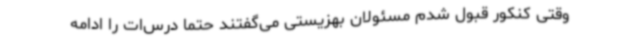
وقتی کنکور قبول شدم مسئولان بهزیستی می‌گفتند حتماً درس‌ات را ادامه